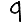
Digit: 9